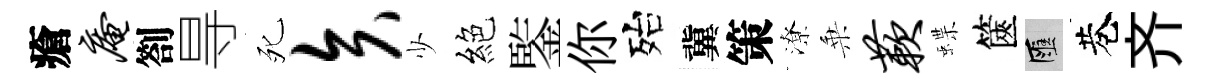
瘡庵劄㝵死矢少絕鍳你殆冀策潦乗蔌蝶篋匯巷齐